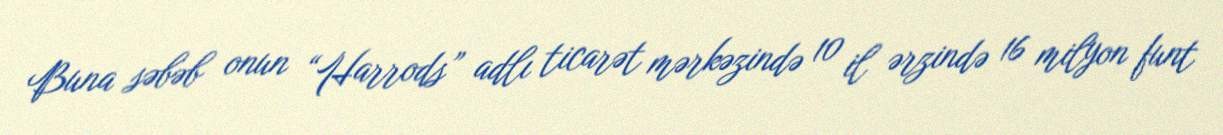
Buna səbəb onun “Harrods” adlı ticarət mərkəzində 10 il ərzində 16 milyon funt